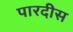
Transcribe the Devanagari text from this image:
पारदीस